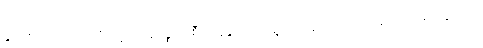
ချွိုင်းစ် က ကုထုံးဆိုင်ရာ ကုန်ပစ္စည်းစီမံခန့်ခွဲရေးအဖွဲ့ ကို နေလောင်ကာခရင်မ် ဈေးကွက်ကို